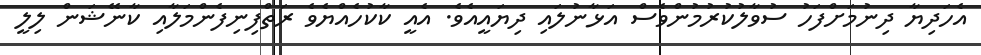
އެހަދިޔާ ދިނުމަށްފަހު ސުވާލުކުރުމުންވެސް އަޅާނުލައި ދިޔައީއެވެ. އެއީ ކާކުހެއްޔެވެ ރަތްފިނިފެންމަލާއި ކާނޭޝަން ލިލީ